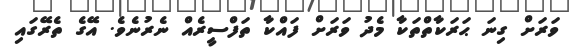
ވަރަށް ގިނަ ޙަރަކާތްތަކާ މެދު ވަރަށް ފައްކާ ތަފްސީރެއް ނެރުނެވެ. އޭގެ ތެރޭގައި